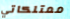
ممتلكاتي